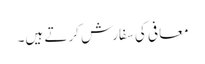
معافی کی سفارش کرتے ہیں۔